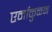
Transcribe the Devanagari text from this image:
एर्नाकुळम